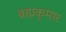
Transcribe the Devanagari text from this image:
ब्रह्मकुमार